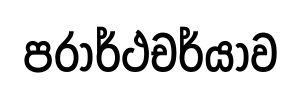
පරාර්ථචර්යාව